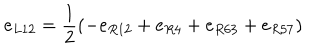
LaTeX: e _ { L 1 2 } = \frac { 1 } { 2 } ( - e _ { R 1 2 } + e _ { R 4 } + e _ { R 6 3 } + e _ { R 5 7 } )